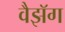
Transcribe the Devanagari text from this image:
वैझॅग